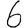
Digit: 6